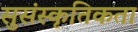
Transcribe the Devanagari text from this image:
सुसंस्कृतिकता